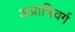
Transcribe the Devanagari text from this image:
अप्राणिवर्ग